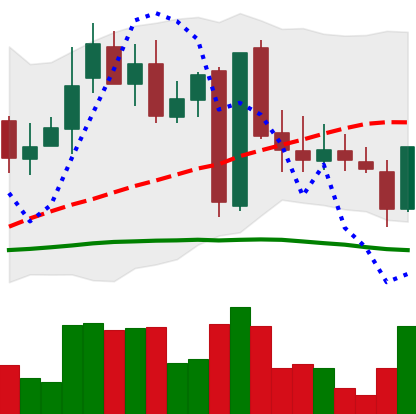
Ticker: LINK-USD
Chart end date: 2019-03-05
Forward return: 15.883%
Label: up_7plus